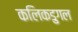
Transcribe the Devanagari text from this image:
कलिकडुगल